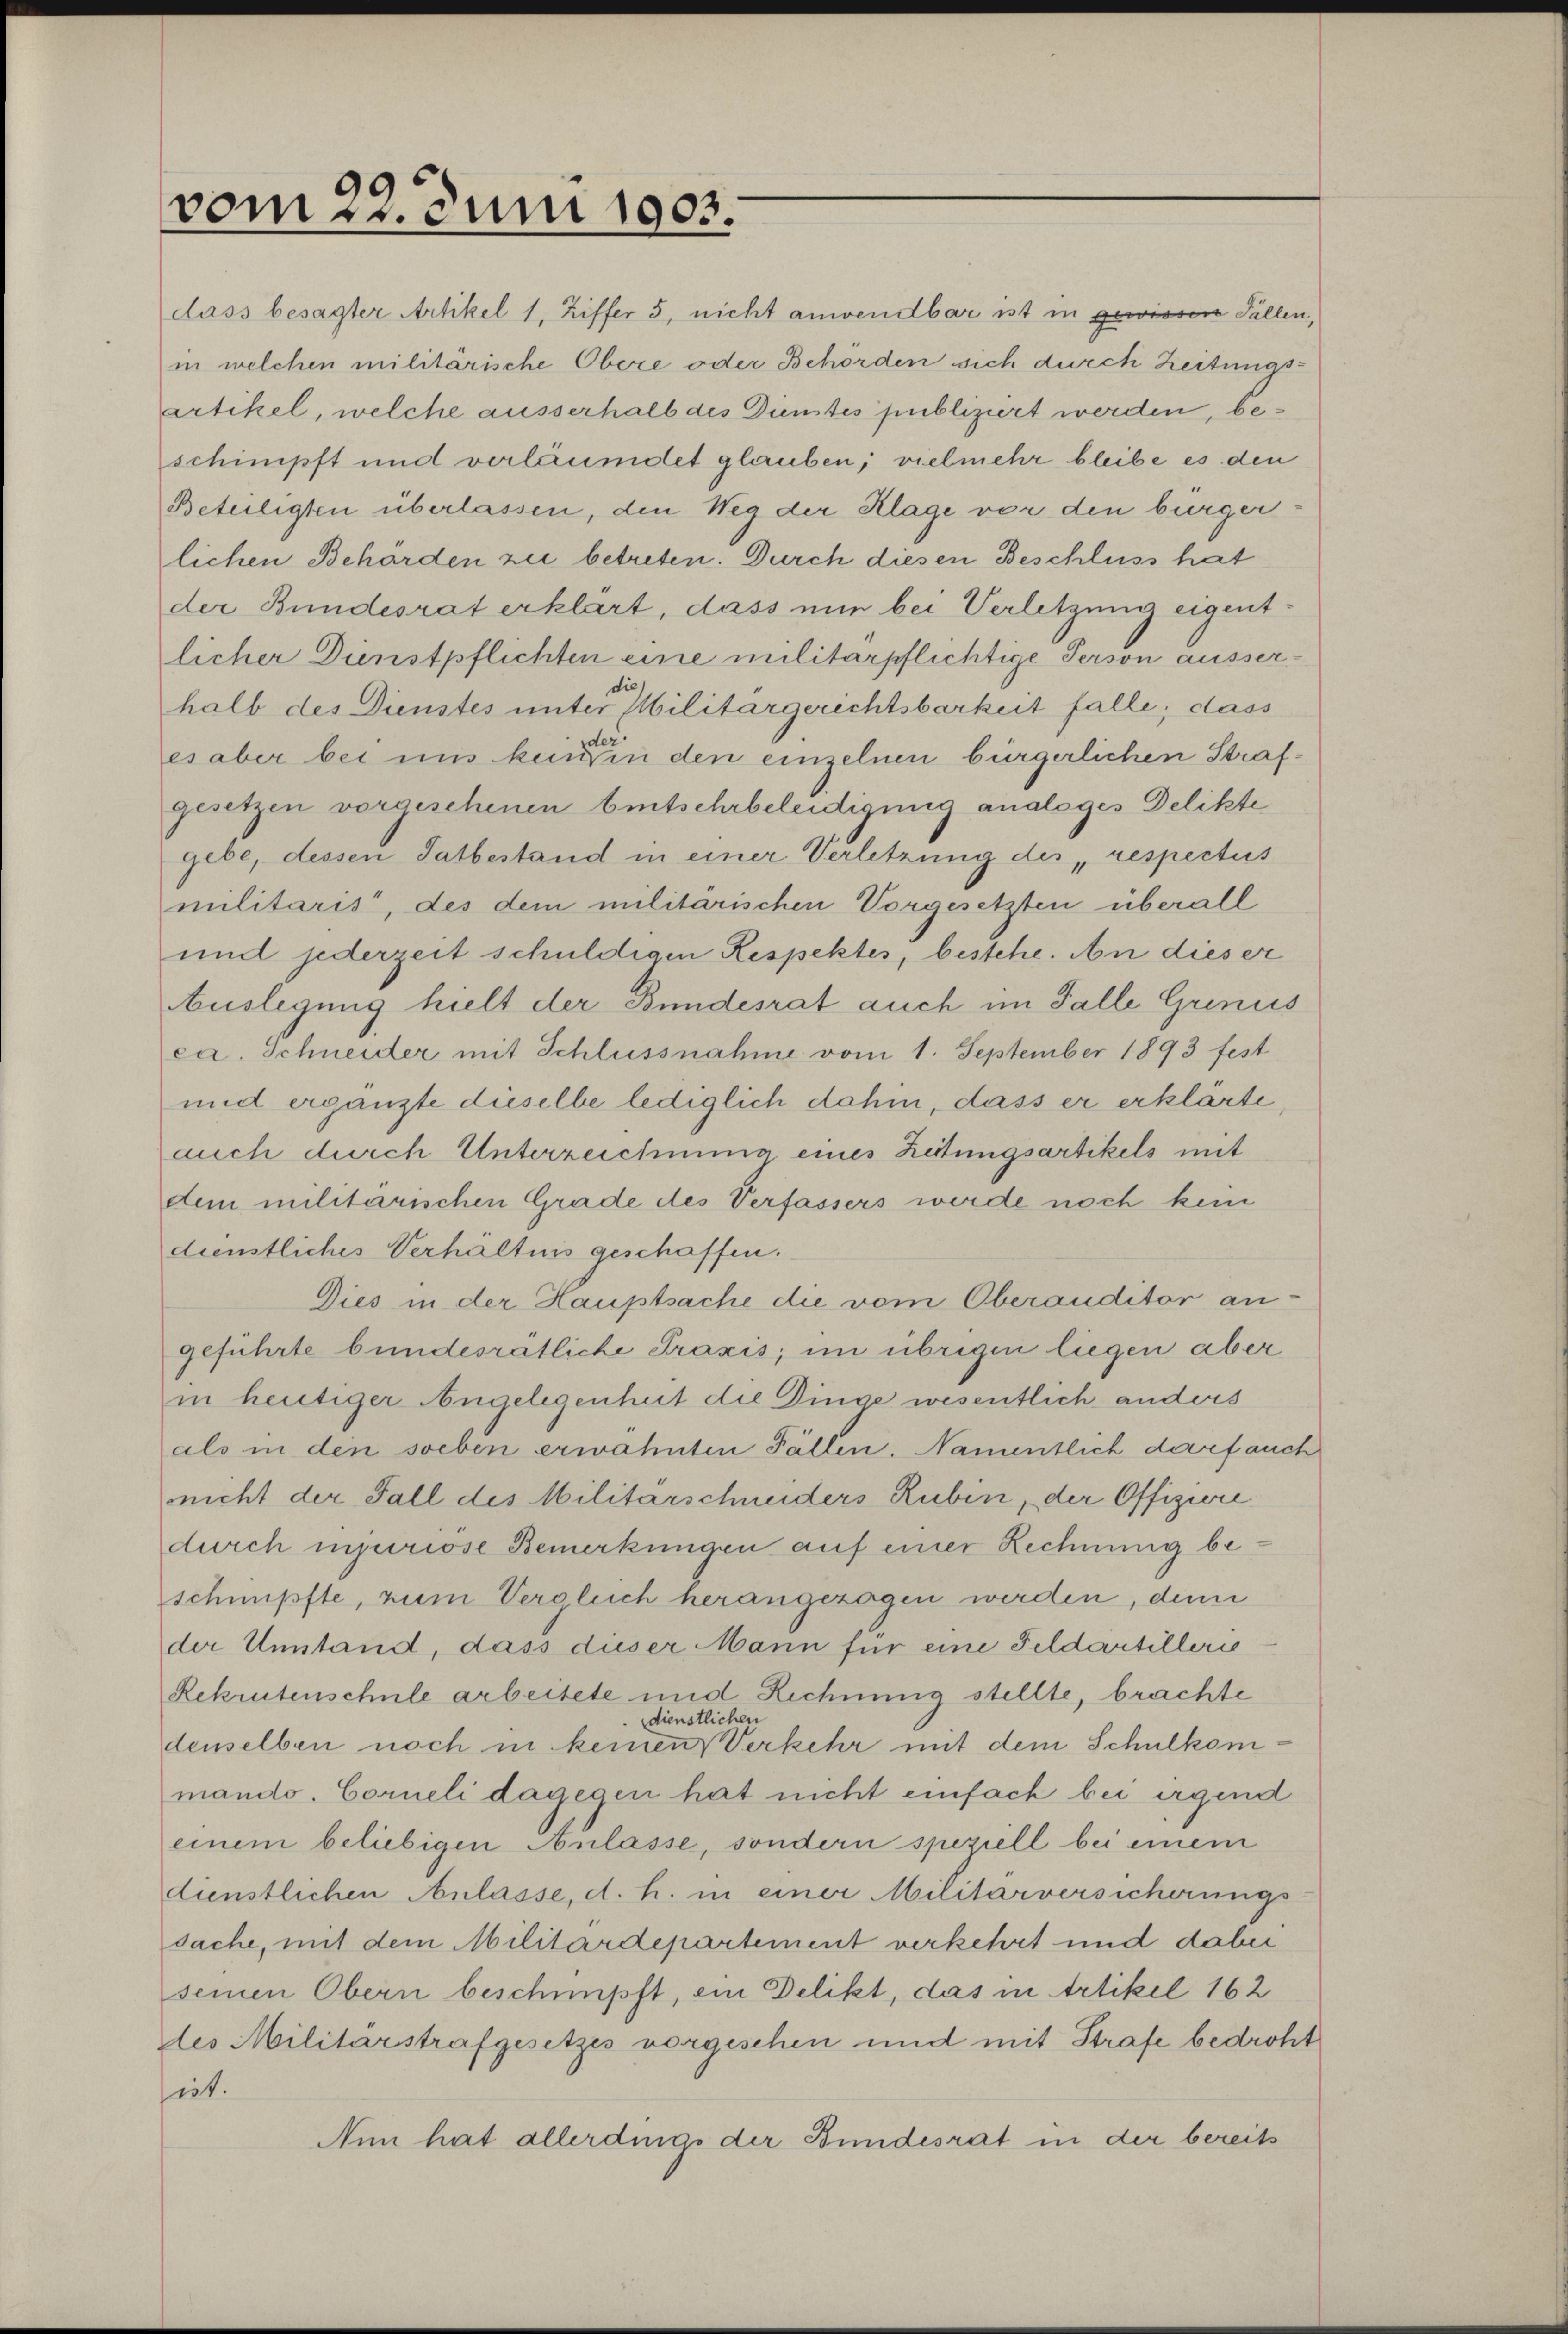
vom 22. Juni 1903.

dass besagter Artikel 1, Ziffer 5, nicht anwendbar ist in gewissen Fällen,
in welchen militärische Obere oder Behörden sich durch Zeitungsartikel, welche ausserhalb des Dienstes publiziert werden, beschimpft und verläumdet glauben; vielmehr bleibe es den
Beteiligten überlassen, den Weg der Klage vor den bürgerlichen Behörden zu betreten. Durch diesen Beschluss hat
der Bundesrat erklärt, dass nun bei Verletzung eigentlicher Dienstpflichten eine militärpflichtige Person aussersie,
halb des Dienstes unter Militärgerichtsbarkeit falle; dass
ler
es aber bei uns kennen den einzelnen bürgerlichen Strafgesetzen vorgeschenen Eintschrbeleidigung analoges Delikte
gebe, dessen Tatbestand in einer Verletzung des respectus
militaris, des dem militärischen Vorgesetzten überall
und jederzeit schuldigen Respektes, bestehe. An dieser
Auslegung hielt der Bundesrat auch im Falle Grinus
ca. Schneider mit Schlussnahme vom 1. September 1893 fest
und ergänzte dieselbe lediglich dahin, dass er erklärte,
auch durch Unterzeichmma eines Zeitungsartikels mit
dem militärischen Grade des Verfassers werde noch kein
dienstliches Verhältnis geschaffen.
Dies in der Hauptsache die vom Oberauditor an-
geführte bundesrätliche Praxis, im übrigen liegen aber
in heutiger Angelegenheit die Dinge wesentlich anders
als in den soeben erwähnten Fällen. Namentlich darf auch
nicht der Fall des Militärschneiders Rubin, der Offiziere
durch injuriose Bemerkungen auf einer Rechnung beschnupfte, zum Vergleich herangezogen werden, denn
der Umstand, dass dieser Mann für eine Feldartillerie
Rekrutenschule arbeitete und Rechnung stellte, brachte
dienstlichen
denselben noch in keinen Verkehr mit dem Schulkommando. Corneli dagegen hat nicht einfach bei irgend
einem beliebigen Anlasse, sondern speziell bei einem
dienstlichen Anlasse, d. h. in einer Militärversicherungs-
sache, mit dem Militärdepartement verkehrt und dabei
seinen Obern beschimpft, ein Delikt, das in Artikel 162
des Militärstrafgesetzes vorgeschen und mit Strafe bedroht
set.
Nun hat allerdings der Bundesrat in der bereits